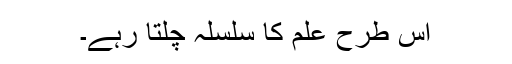
اس طرح علم کا سلسلہ چلتا رہے۔